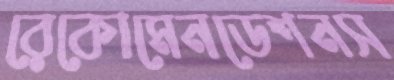
রেকোমেনডেশনস